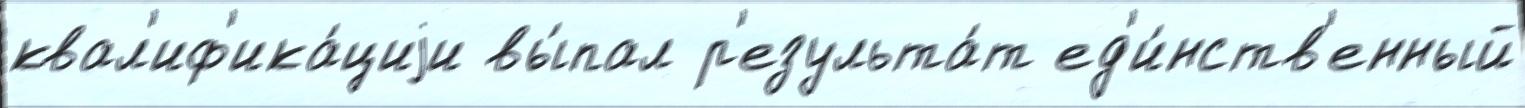
квал'иф'ика́циjи вы́пал р'езульта́т ед'и́нств'енный